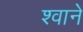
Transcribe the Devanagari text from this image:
श्वाने